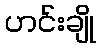
ဟင်းချို